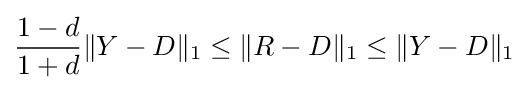
{1-d \over 1+d}\|Y-D\|_{1}\leq \|R-D\|_{1}\leq \|Y-D\|_{1}